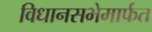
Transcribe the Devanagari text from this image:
विधानसभेमार्फत